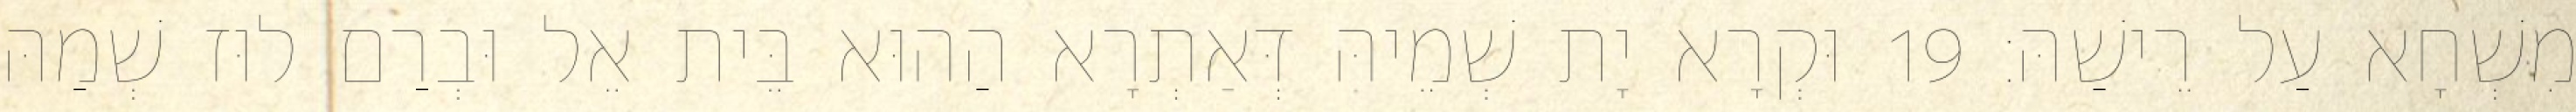
מִשְׁחָא עַל רֵישַׁהּ׃ 19 וּקְרָא יָת שְׁמֵיהּ דְּאַתְרָא הַהוּא בֵּית אֵל וּבְרַם לוּז שְׁמַהּ